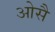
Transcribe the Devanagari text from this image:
ओसै